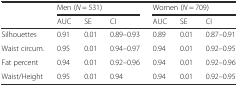
|  | <COLSPAN=3> Men (N = 531) | <COLSPAN=3> Women (N = 709) |
 |  | AUC | SE | CI | AUC | SE | CI |
 | --- | --- | --- | --- | --- | --- | --- |
 | Silhouettes | 0.91 | 0.01 | 0.89–0.93 | 0.89 | 0.01 | 0.87–0.91 |
 | Waist circum. | 0.95 | 0.01 | 0.94–0.97 | 0.94 | 0.01 | 0.92–0.95 |
 | Fat percent | 0.94 | 0.01 | 0.92–0.96 | 0.94 | 0.01 | 0.92–0.96 |
 | Waist/Height | 0.95 | 0.01 | 0.94 | 0.94 | 0.01 | 0.92–0.95 |